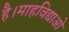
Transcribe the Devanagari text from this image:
है।माहविद्याओ